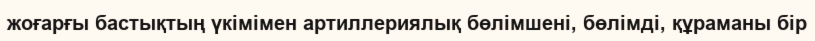
жоғарғы бастықтың үкімімен артиллериялық бөлімшені, бөлімді, құраманы бір